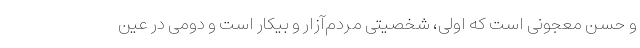
و حسن معجونی است که اولی، شخصیتی مردم‌آزار و بیکار است و دومی در عین